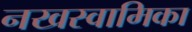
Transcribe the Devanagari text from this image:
नखस्वामिका